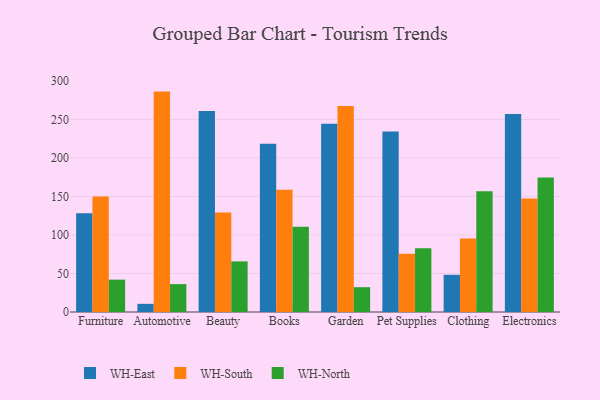
{"axis": {"x": "Category", "y": "Page Views"}, "legend": ["WH-East", "WH-North", "WH-South"], "data": [{"x": "Furniture", "y": 128.1, "type": "WH-East"}, {"x": "Furniture", "y": 150.0, "type": "WH-South"}, {"x": "Furniture", "y": 42.0, "type": "WH-North"}, {"x": "Automotive", "y": 10.6, "type": "WH-East"}, {"x": "Automotive", "y": 286.1, "type": "WH-South"}, {"x": "Automotive", "y": 36.2, "type": "WH-North"}, {"x": "Beauty", "y": 261.0, "type": "WH-East"}, {"x": "Beauty", "y": 129.3, "type": "WH-South"}, {"x": "Beauty", "y": 65.7, "type": "WH-North"}, {"x": "Books", "y": 218.3, "type": "WH-East"}, {"x": "Books", "y": 158.7, "type": "WH-South"}, {"x": "Books", "y": 110.8, "type": "WH-North"}, {"x": "Garden", "y": 244.4, "type": "WH-East"}, {"x": "Garden", "y": 267.3, "type": "WH-South"}, {"x": "Garden", "y": 32.2, "type": "WH-North"}, {"x": "Pet Supplies", "y": 234.2, "type": "WH-East"}, {"x": "Pet Supplies", "y": 75.6, "type": "WH-South"}, {"x": "Pet Supplies", "y": 82.9, "type": "WH-North"}, {"x": "Clothing", "y": 48.3, "type": "WH-East"}, {"x": "Clothing", "y": 95.5, "type": "WH-South"}, {"x": "Clothing", "y": 156.7, "type": "WH-North"}, {"x": "Electronics", "y": 257.1, "type": "WH-East"}, {"x": "Electronics", "y": 147.2, "type": "WH-South"}, {"x": "Electronics", "y": 174.7, "type": "WH-North"}]}